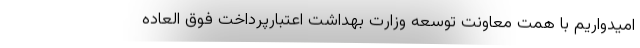
امیدواریم با همت معاونت توسعه وزارت بهداشت اعتبارپرداخت فوق العاده